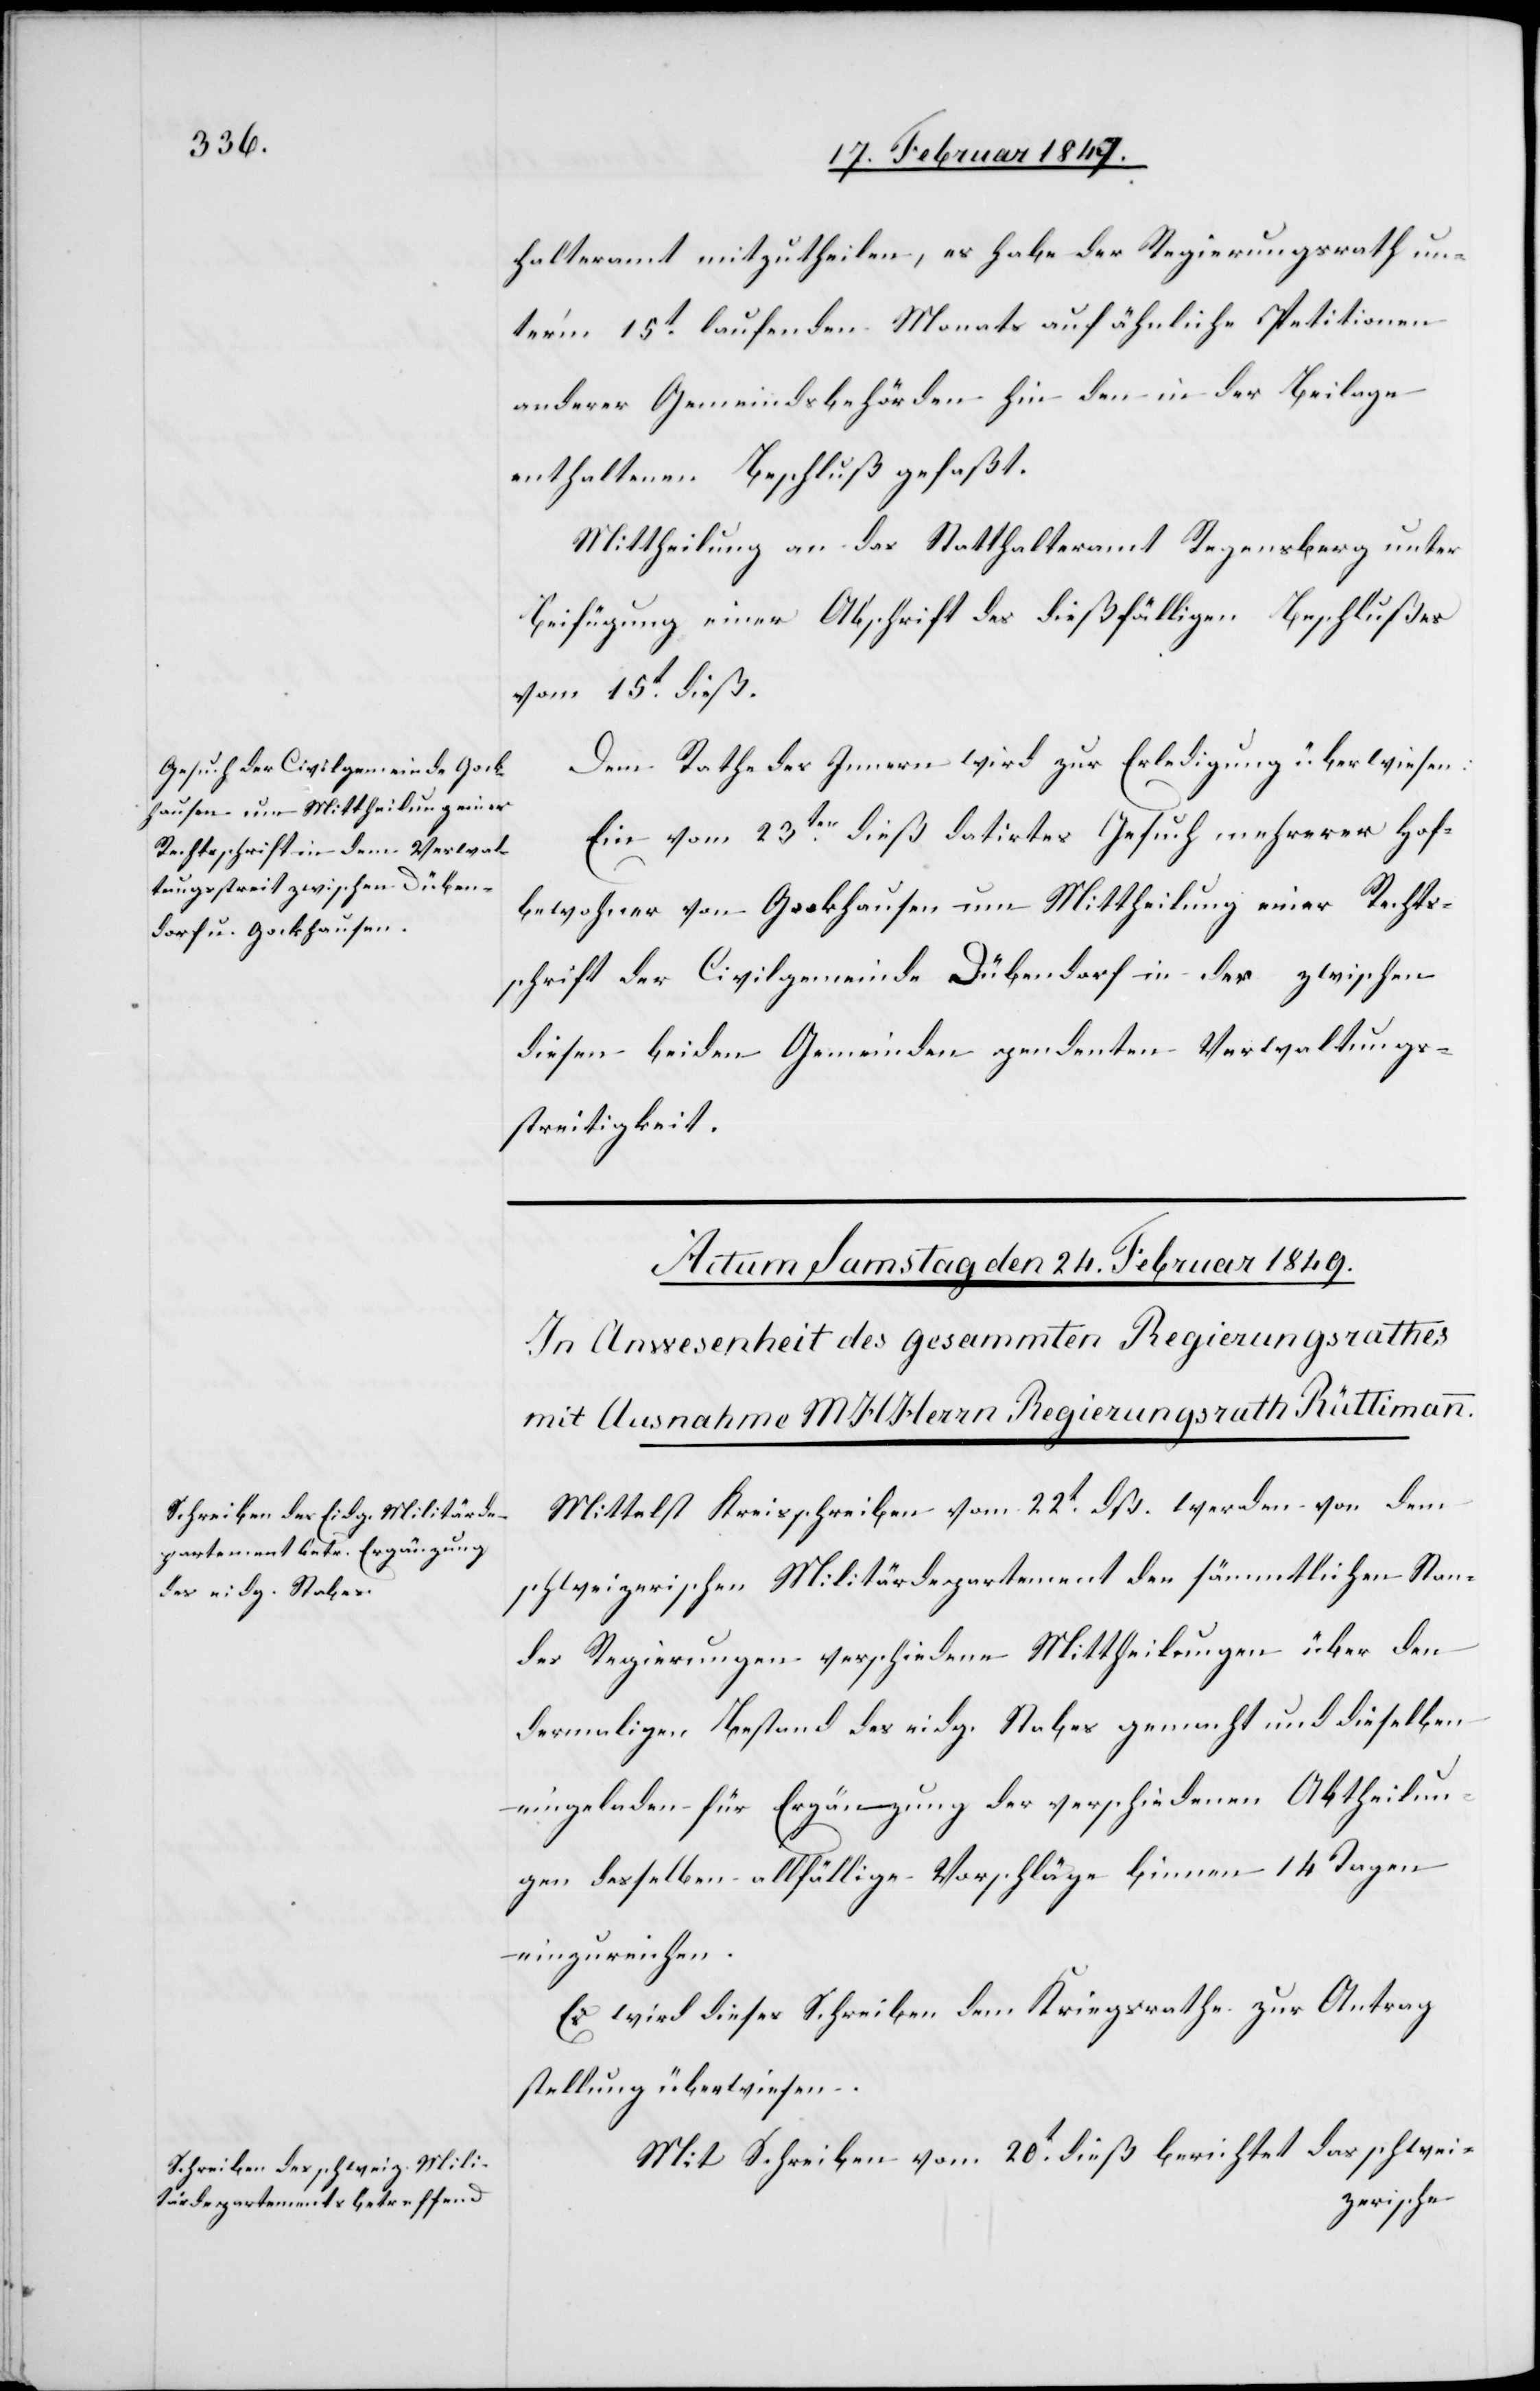
23. Februar 1849.]
halteramt mitzutheilen, es habe der Regierungsrath un¬
ter’m 15t. laufenden Monats auf ähnliche Petitionen
anderer Gemeindsbehörden hin den in der Beilage
enthaltenen Beschluß gefaßt.
Mittheilung an das Statthalteramt Regensberg unter
Beifügung einer Abschrift des dießfälligen Beschlußes
vom 15t. dieß.
Dem Rathe des Innern wird zur Erledigung überwiesen:
Ein vom 23ten. dieß datirtes Gesuch mehrerer Hof¬
bewohner von Gockhausen um Mittheilung einer Rechts¬
schrift der Civilgemeinde Dübendorf in der zwischen
diesen beiden Gemeinden pendenten Verwaltungs¬
streitigkeit.
Mittelst Kreisschreiben vom 22t. dß. werden von dem
schweizerischen Militärdepartement den sämmtlichen Stan¬
den
des Regierungen verschiedene Mittheilungen über den
dermaligen Bestand des eidg. Stabes gemacht und dieselben
eingeladen für Ergänzung der verschiedenen Abtheilun¬
gen desselben allfällige Vorschläge binnen 14 Tagen
einzureichen.
Es wird dieses Schreiben dem Kriegsrathe zur Antrag¬
stellung überwiesen.
Mit Schreiben vom 20t. dieß berichtet das schwei-